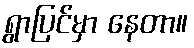
ရွာပြင်မှာ နေတာ။